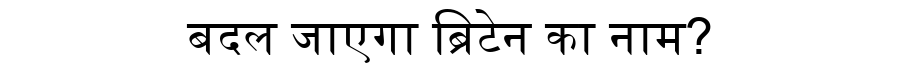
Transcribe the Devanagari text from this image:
बदल जाएगा ब्रिटेन का नाम?